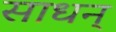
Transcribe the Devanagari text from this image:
साधन्